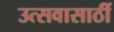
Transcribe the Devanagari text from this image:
उत्सवासाठीं